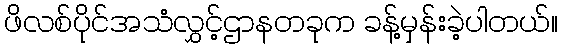
ဖိလစ်ပိုင်အသံလွှင့်ဌာနတခုက ခန့်မှန်းခဲ့ပါတယ်။